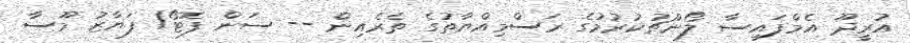
އުރީދޫ އެމްފައިސާ ލޯންޗުކުރުމުގެ ރަސްމިއްޔާތުގެ ތެރެއިން -- ސަން ފޮޓޯ/ ފަޔާޒު މޫސާ